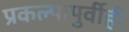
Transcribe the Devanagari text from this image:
प्रकल्पापुर्वीही